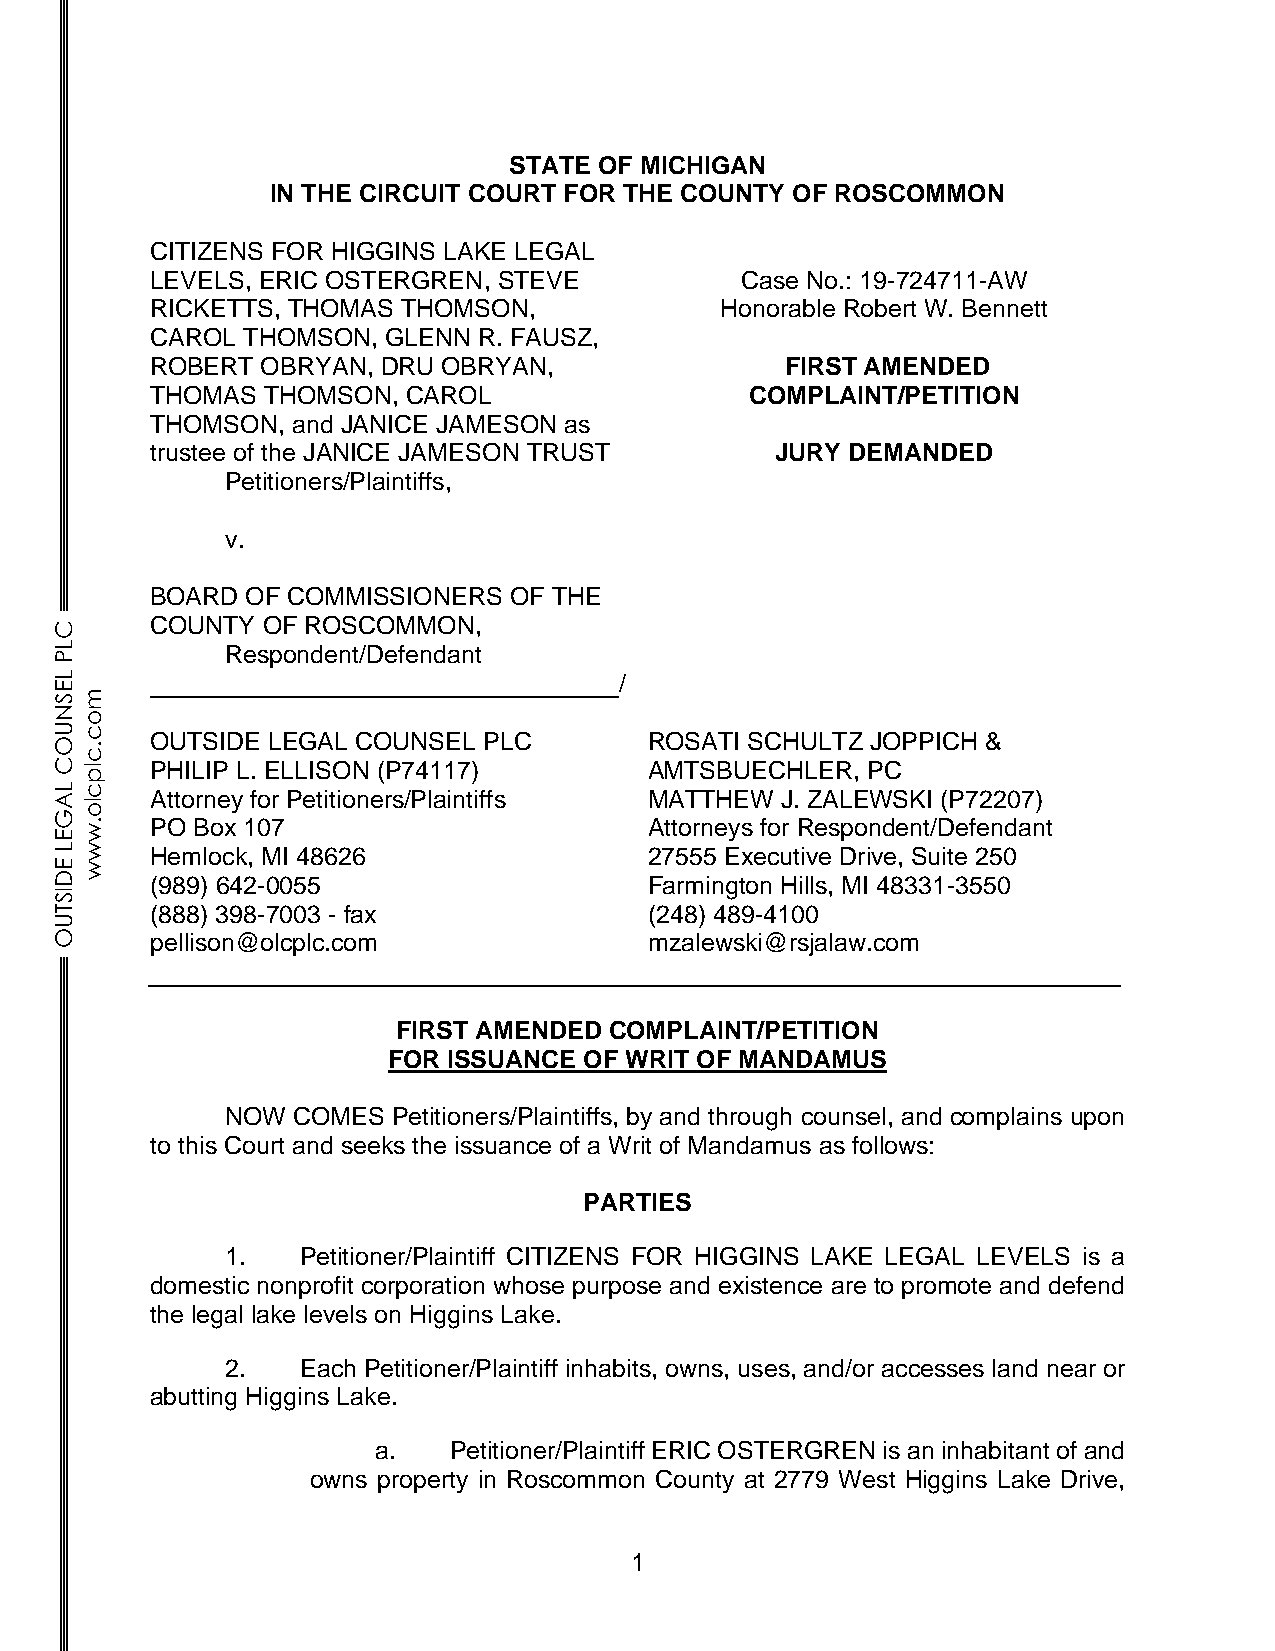
STATE OF MICHIGAN
 IN THE CIRCUIT COURT FOR THE COUNTY OF ROSCOMMON
 CITIZENS FOR HIGGINS LAKE LEGAL
 LEVELS, ERIC OSTERGREN, STEVE          Case No.: 19-724711-AW
 RICKETTS, THOMAS THOMSON,             Honorable Robert W. Bennett
 CAROL THOMSON, GLENN  R. FAUSZ,
 ROBERT OBRYAN, DRU OBRYAN,                FIRST AMENDED
 THOMAS THOMSON,  CAROL                  COMPLAINT/PETITION
 THOMSON, and JANICE JAMESON as
 trustee of the JANICE JAMESON TRUST      JURY DEMANDED
 Petitioners/Plaintiffs,
 v.
 BOARD OF COMMISSIONERS  OF THE
 COUNTY OF ROSCOMMON,
 C
 L          Respondent/Defendant
 P
 L                                    /
 E
 Sm
 N
 o
 U Oc
 .
 OUTSIDE LEGAL COUNSEL PLC        ROSATI SCHULTZ JOPPICH &
 c
 Clp   PHILIP L. ELLISON (P74117)       AMTSBUECHLER, PC
 L Ac
 lo
 Attorney for Petitioners/Plaintiffs MATTHEW J. ZALEWSKI (P72207)
 G
 E. w  PO Box 107                       Attorneys for Respondent/Defendant
 L w   Hemlock, MI 48626                27555 Executive Drive, Suite 250
 Ew
 D     (989) 642-0055                   Farmington Hills, MI 48331-3550
 IS
 T     (888) 398-7003 - fax             (248) 489-4100
 U
 O     pellison@olcplc.com              mzalewski@rsjalaw.com
 FIRST AMENDED COMPLAINT/PETITION
 FOR ISSUANCE OF WRIT OF MANDAMUS
 NOW COMES  Petitioners/Plaintiffs, by and through counsel, and complains upon
 to this Court and seeks the issuance of a Writ of Mandamus as follows:
 PARTIES
 1.   Petitioner/Plaintiff CITIZENS FOR HIGGINS LAKE LEGAL LEVELS is a
 domestic nonprofit corporation whose purpose and existence are to promote and defend
 the legal lake levels on Higgins Lake.
 2.   Each Petitioner/Plaintiff inhabits, owns, uses, and/or accesses land near or
 abutting Higgins Lake.
 a.   Petitioner/Plaintiff ERIC OSTERGREN is an inhabitant of and
 owns property in Roscommon County at 2779 West Higgins Lake Drive,
 1